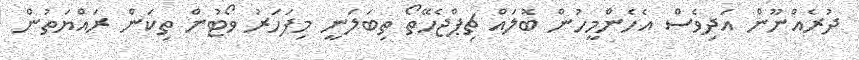
ދުރެއްނޫން އަދިވެސް އެހެންމީހުން ބޮލައް ޗިޕްޖެހޭތޯ ތިބަލަނީ މިފަހަރު ވޯޓުން ތިކަން ރައްޔަތުން